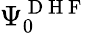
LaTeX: \Psi_{0}^{\mathrm{~D~H~F~}}